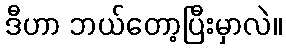
ဒီဟာ ဘယ်တော့ပြီးမှာလဲ။